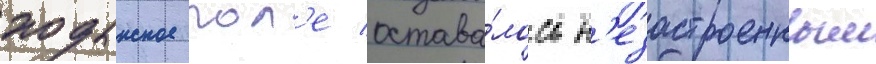
ходынское пол'е остава́лось н'езастроенным